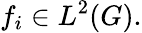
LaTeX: f_{i}\in L^{2}(G).